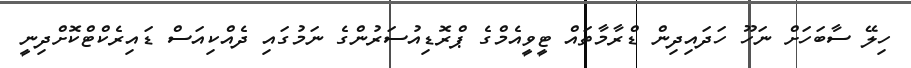
ހިލޭ ސާބަހަށް ނަހޫ ހަދައިދިން ޑްރާމާތައް ޓީވީއެމްގެ ޕްރޮޑިއުސަރުންގެ ނަމުގައި ދެއްކިއަސް ޑައިރެކްޓްކޮށްދިނީ